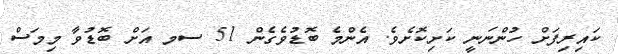
ކައިރިފަށް ހުންނަނީ ކަށިކޮށެވެ. އެންމެ ބޮޑުވެގެން 51 ސމ އަށް ބޮޑުވާ މިމަސް